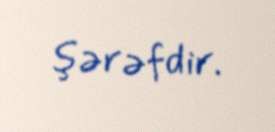
şərəfdir.